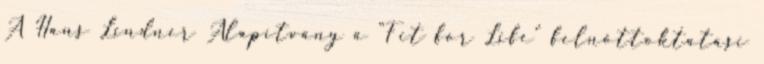
A Hans Lindner Alapítvány a “Fit for Life” felnőttoktatási